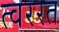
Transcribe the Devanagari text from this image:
त्वररत